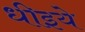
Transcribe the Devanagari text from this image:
धीइये